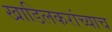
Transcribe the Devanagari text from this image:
खाडिलकरांच्याच